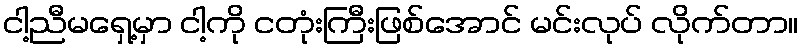
ငါ့ညီမရှေ့မှာ ငါ့ကို ငတုံးကြီးဖြစ်အောင် မင်းလုပ် လိုက်တာ။